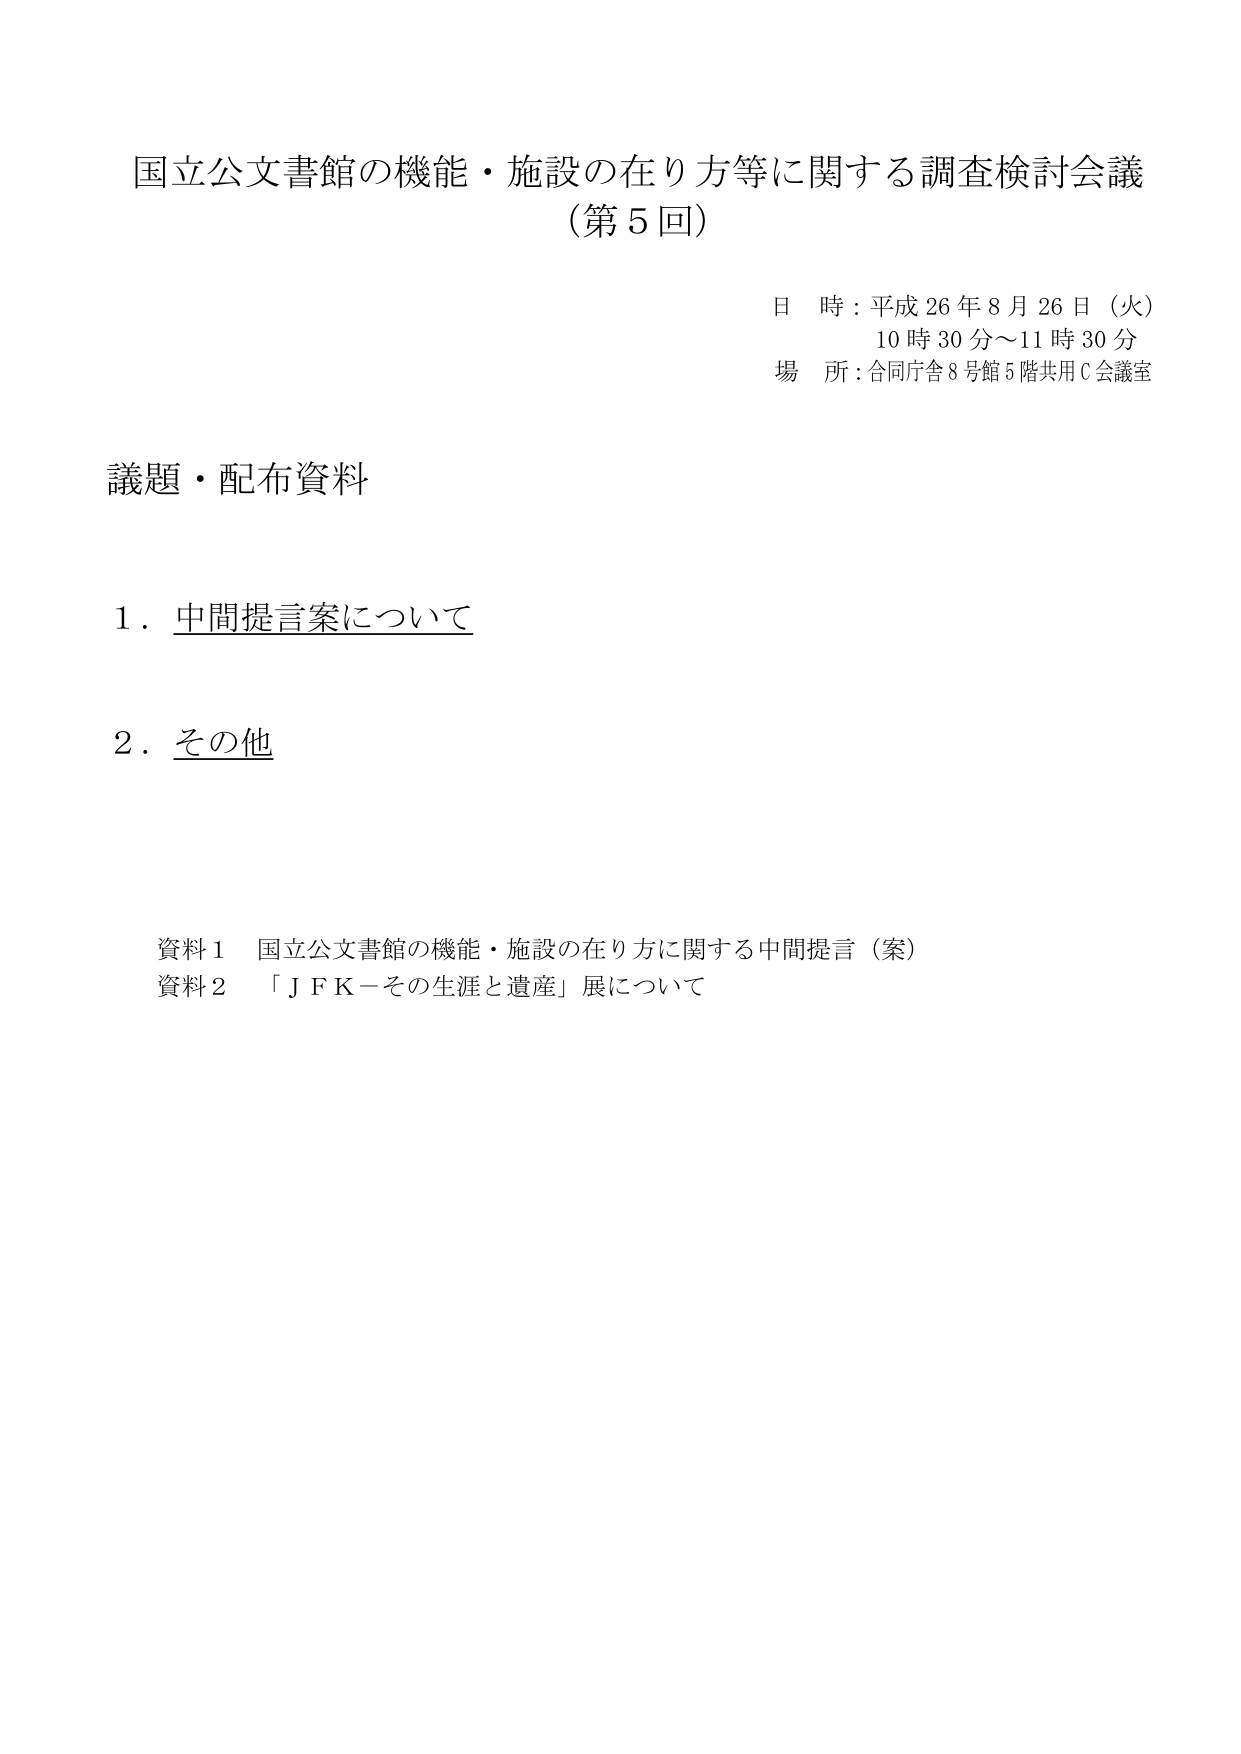
国立公文書館の機能・施設の在り方等に関する調査検討会議
（第5回）

日 時：平成26年8月26日（火）
　　　10時30分～11時30分
場 所：合同庁舎8号館5階共用C会議室

議題・配布資料

1．中間提言案について

2．その他

資料1　国立公文書館の機能・施設の在り方に関する中間提言（案）
資料2　「ＪＦＫ－その生涯と遺産」展について